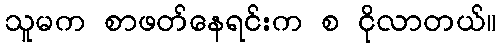
သူမက စာဖတ်နေရင်းက စ ငိုလာတယ်။